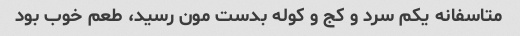
متاسفانه یکم سرد و کج و کوله بدست مون رسید، طعم خوب بود